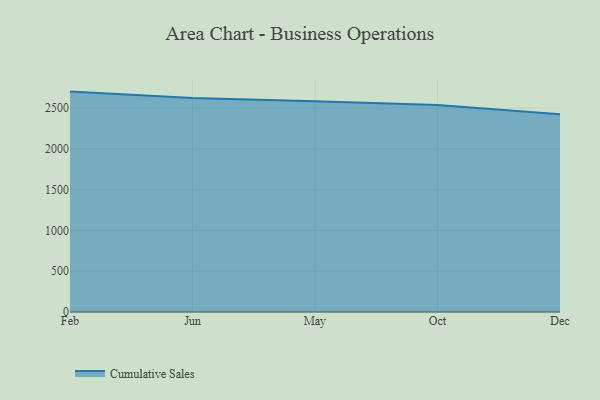
{"axis": {"x": "Month", "y": "Bounce Rate (%)"}, "legend": ["Cumulative Sales"], "data": [{"x": "Feb", "y": 2702.5, "type": "Cumulative Sales"}, {"x": "Jun", "y": 2624.4, "type": "Cumulative Sales"}, {"x": "May", "y": 2585.7, "type": "Cumulative Sales"}, {"x": "Oct", "y": 2539.7, "type": "Cumulative Sales"}, {"x": "Dec", "y": 2425.3, "type": "Cumulative Sales"}]}